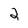
Character: 2